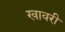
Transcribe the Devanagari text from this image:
खावरी